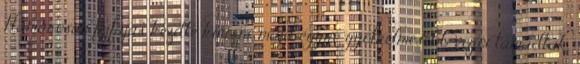
Hamarosan fejfájás kezdte kínozni, majd egyre gyötrelmesebb víziói támadtak,